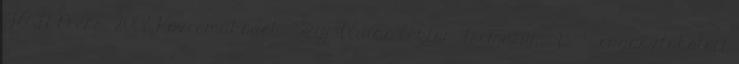
JATEPress, 2008 Közreműködők: Szijj Ildikó lektor Formátum: B 5, ragasztókötött